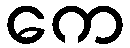
ကေ